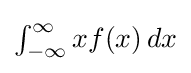
\textstyle \int _{-\infty }^{\infty }xf(x)\,dx